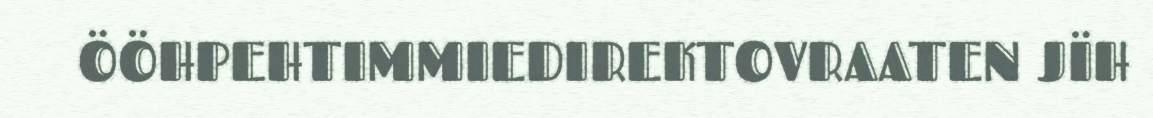
ÖÖHPEHTIMMIEDIREKTOVRAATEN JÏH